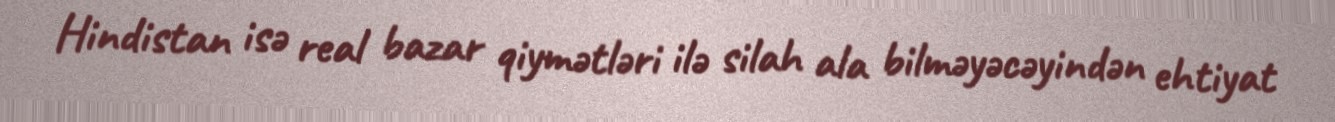
Hindistan isə real bazar qiymətləri ilə silah ala bilməyəcəyindən ehtiyat